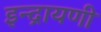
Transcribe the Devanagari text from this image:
इन्द्रायणी